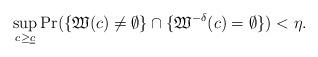
LaTeX: \begin{align*}\sup_{c \ge \underline{c}}\Pr(\{\mathfrak W(c)\ne\emptyset\}\cap \{\mathfrak W^{-\delta}(c)=\emptyset\})<\eta.\end{align*}